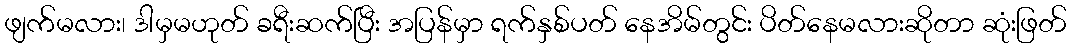
ဖျက်မလား၊ ဒါမှမဟုတ် ခရီးဆက်ပြီး အပြန်မှာ ရက်နှစ်ပတ် နေအိမ်တွင်း ပိတ်နေမလားဆိုတာ ဆုံးဖြတ်